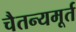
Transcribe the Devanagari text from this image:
चैतन्यमूर्त